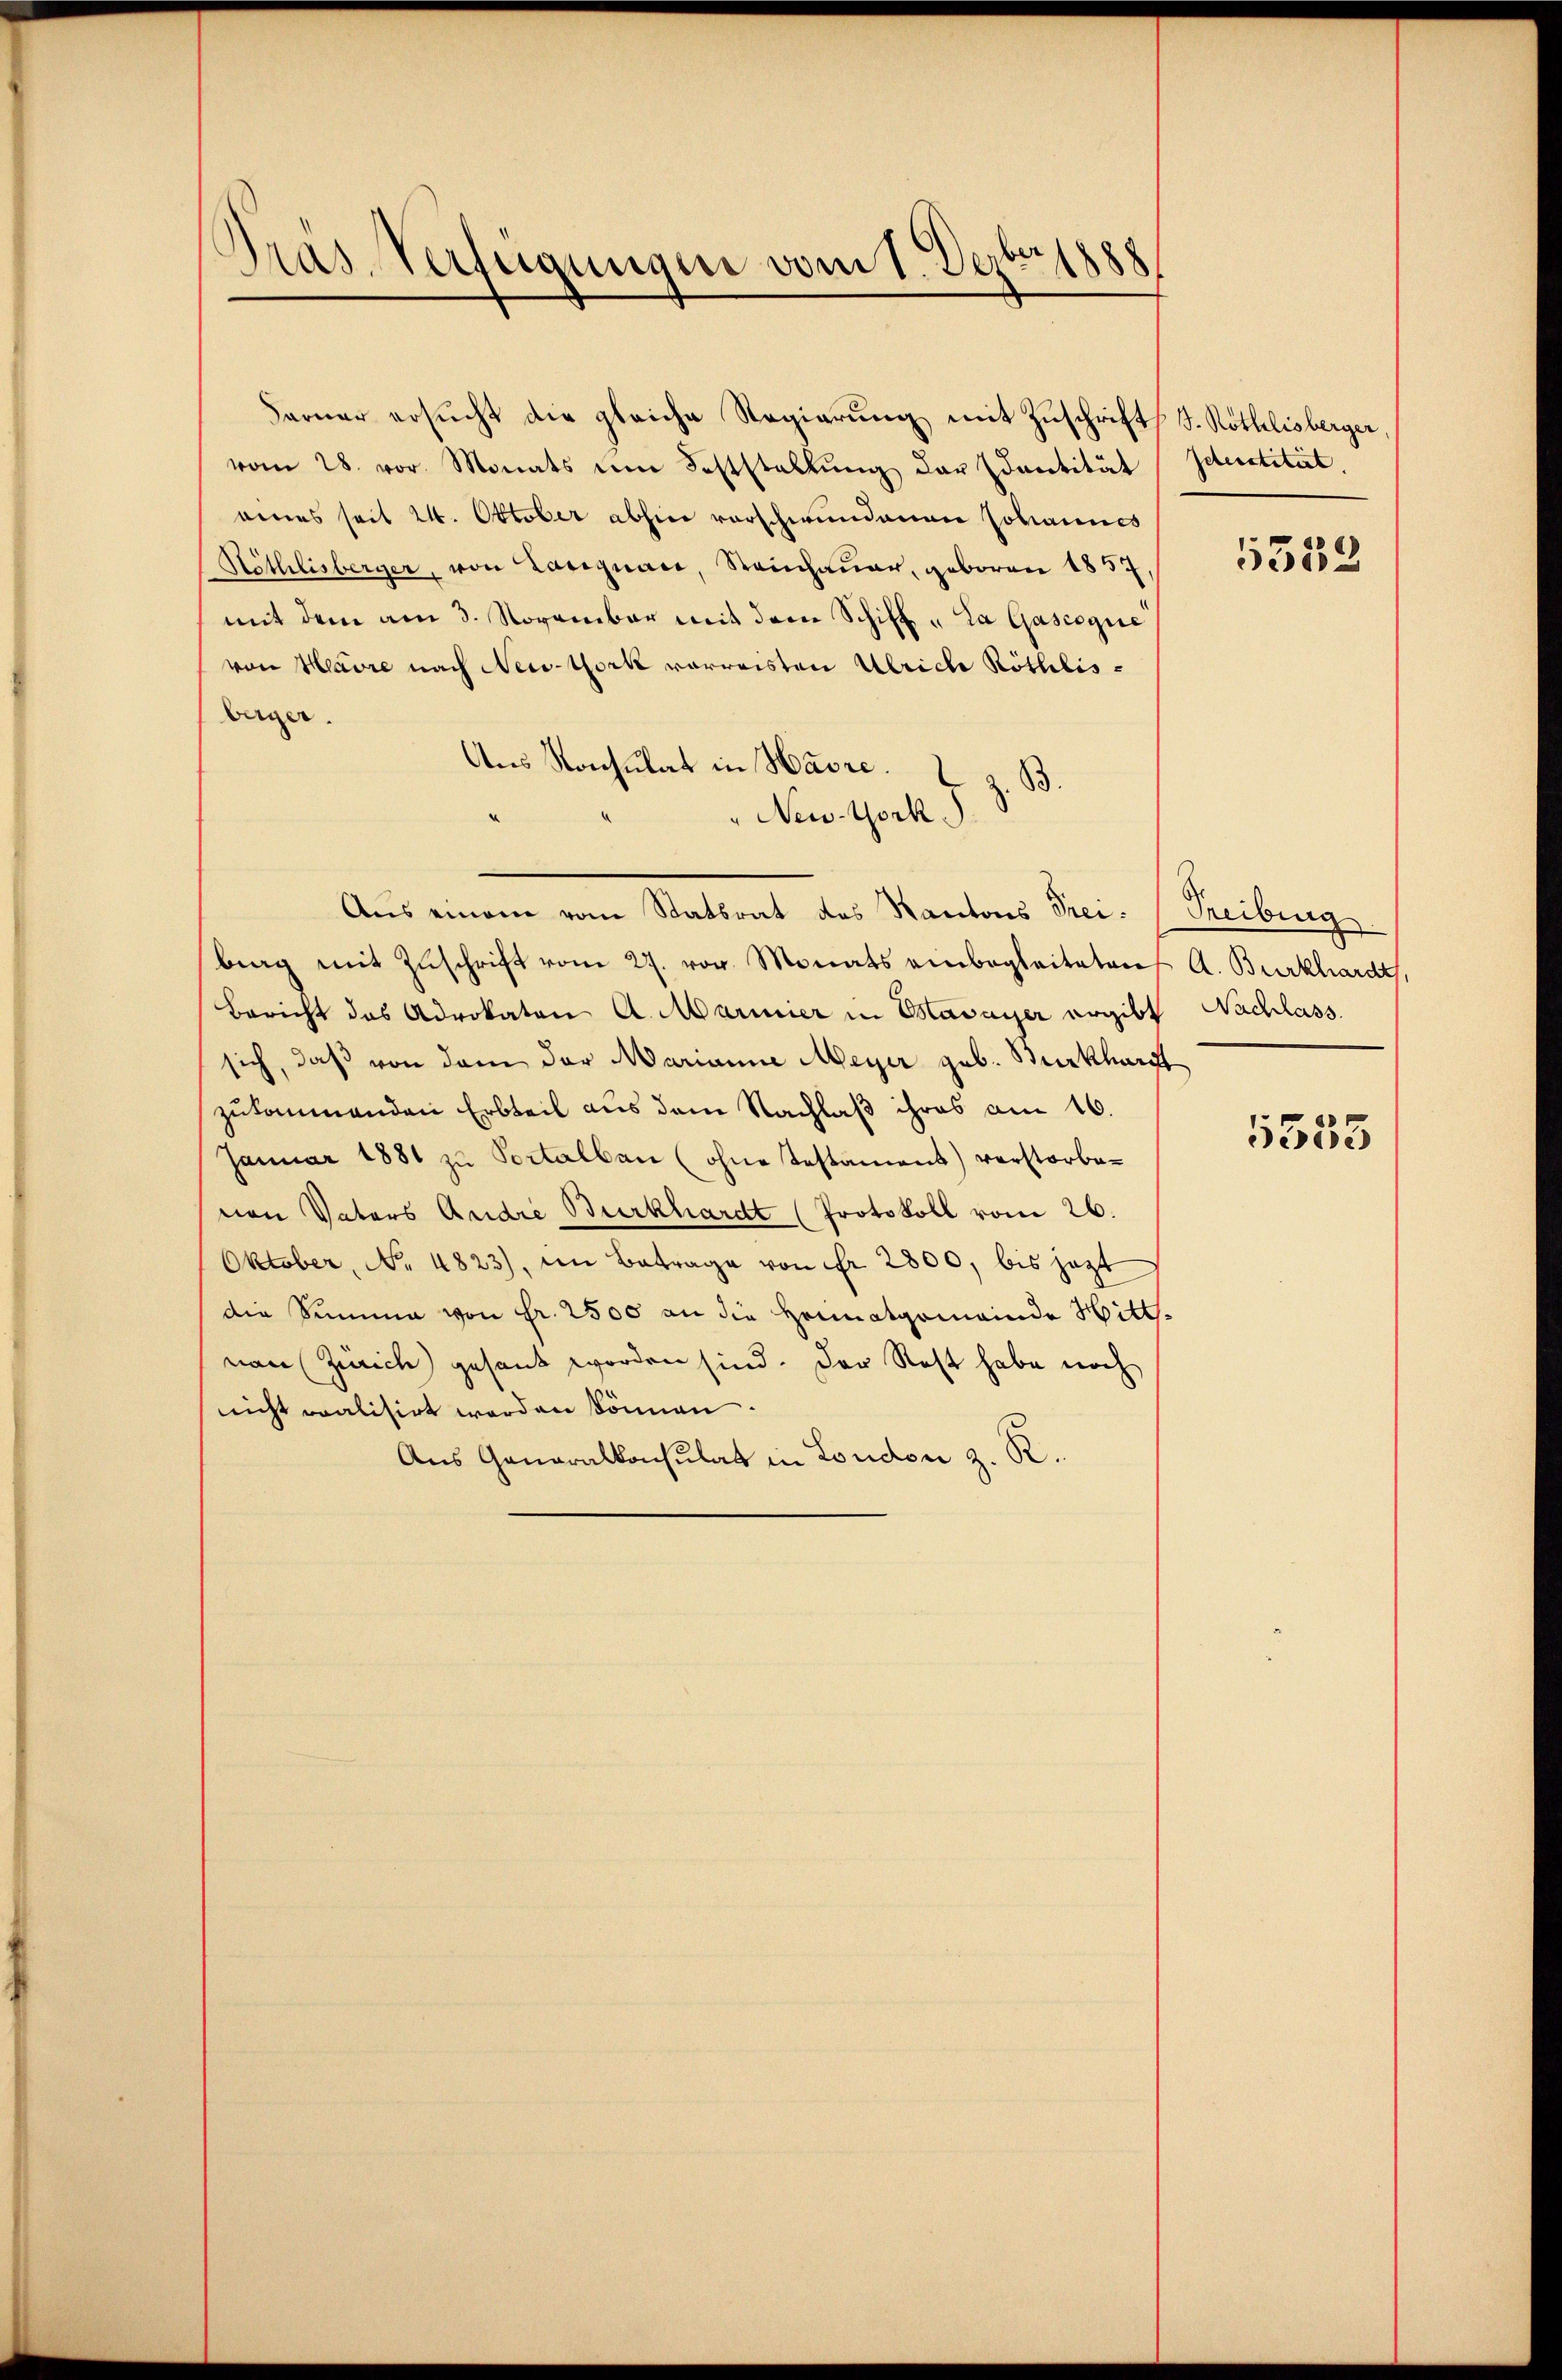
Pras-Verfügungen vom 1. Dezbr. 1888

Farner ersucht die gleiche Regierung mit Zuschrift d. Röthlisberger
vom 28. vor. Monats im Feststellŭng der Edantität
eines seit 24. Oktober abhin vorschwundenen Johannes
Höthlisberger, von Langnare, Steinhauer, geboren 1857
mit dem am 3. November mit dem Schift „La Gascogie
von Havre nach Neid-Work vorweisten Ulriche Röthlisberger.
Aus Konsulat in Havre.
B.
" New-York
Aus einem vom Statsrat des Kantons Frei- (Treiburg
berg mit Zŭschrift vom 27. vor. Monats einbegleiteten
Bericht das Advokaten A. Marmier in Mavayer ergibt Nachlass
sich, daß von dem der Marianne Meyer geb. Burkhardt
zukommenden Erbteil aus dem Nachlaß ihres am 16.
Januar 1881 zŭ Portalbau (ohne Testament) verstorbe-
nen Vaters Audie Burkhardt (Protokoll vom 26.
Oktober, No. 4823), im Betrage von fr 2800, bis jezt
die Summe von Fr. 2500 an die Heimatgemeinde Hitt.
van (Zürich) gesant worden sind. Der Rest habe noch
nicht valisirt werden können.
Aus Generalkonsulat in London z. R.

Identität.
e

2

A. Burkhardt,

5535